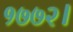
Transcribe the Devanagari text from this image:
१७७२।